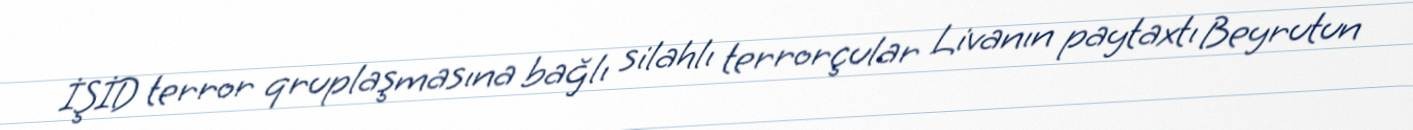
İŞİD terror qruplaşmasına bağlı silahlı terrorçular Livanın paytaxtı Beyrutun